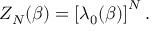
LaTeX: Z _ { N } ( \beta ) = \left[ \lambda _ { 0 } ( \beta ) \right] ^ { N } .